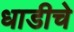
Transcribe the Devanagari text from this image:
धाडीचे